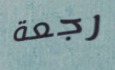
رجعة